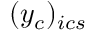
( y _ { c } ) _ { i c s }